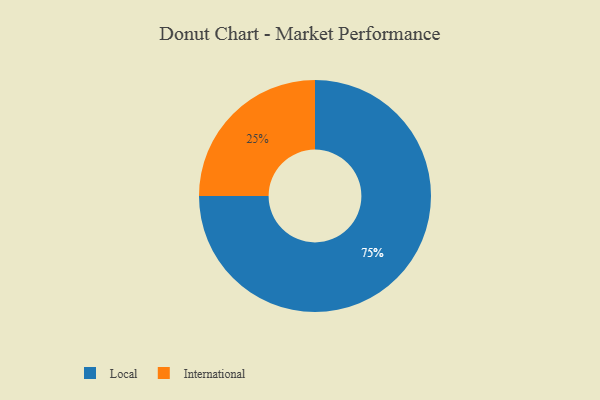
{"axis": {"x": "Category", "y": "Percentage"}, "legend": ["International", "Local"], "data": [{"x": "International", "y": 25, "type": "International"}, {"x": "Local", "y": 75, "type": "Local"}]}